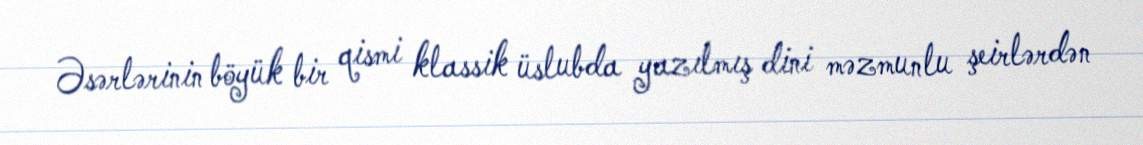
Əsərlərinin böyük bir qismi klassik üslubda yazılmış dini məzmunlu şeirlərdən